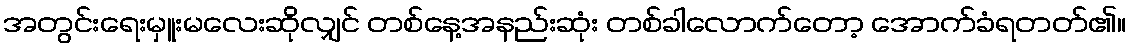
အတွင်းရေးမှူးမလေးဆိုလျှင် တစ်နေ့အနည်းဆုံး တစ်ခါလောက်တော့ အောက်ခံရတတ်၏။